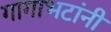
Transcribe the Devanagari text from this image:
गागाभटांनी